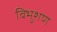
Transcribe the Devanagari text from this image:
विभुशण